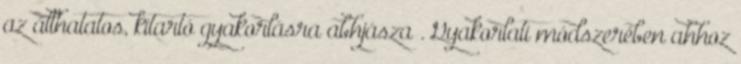
az állhatatos, kitartó gyakorlásra abhjásza . Gyakorlati módszerében ahhoz